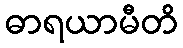
ဓာရယာမီတိ